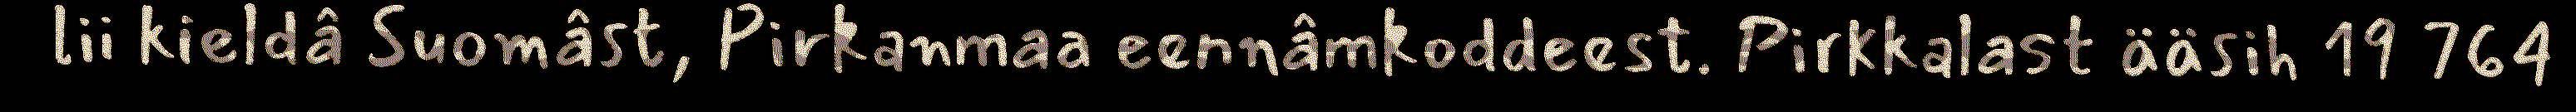
lii kieldâ Suomâst, Pirkanmaa eennâmkoddeest. Pirkkalast ääsih 19 764